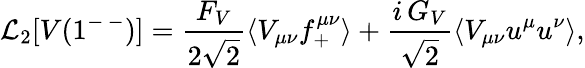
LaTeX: {\cal L}_{2}[V(1^{-\, -})]=\frac{F_{V}}{2\sqrt{2}}\langle V_{\mu\nu}f_{+}^{\mu\nu}\rangle+\frac{i\, G_{V}}{\sqrt{2}}\langle V_{\mu\nu}u^{\mu}u^{\nu}\rangle,